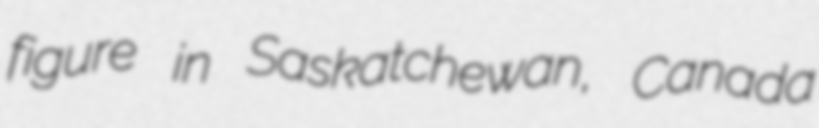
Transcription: figure in Saskatchewan, Canada